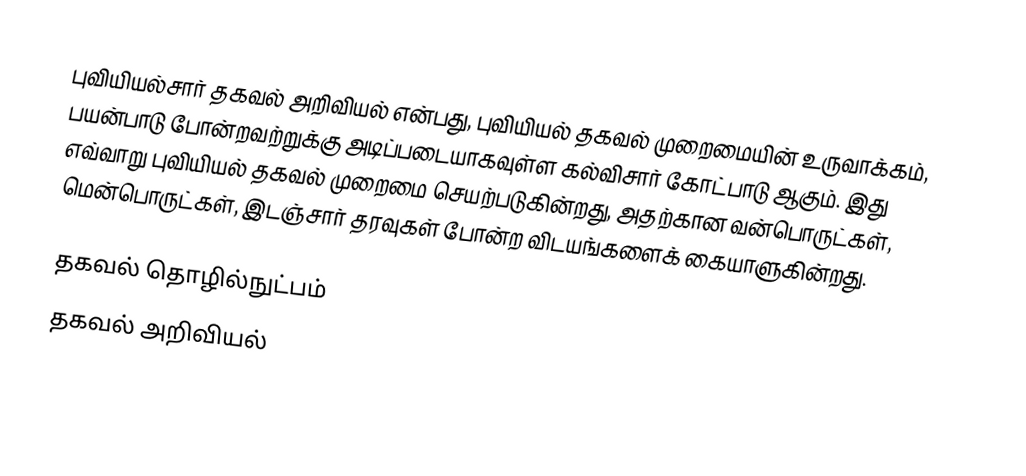
புவியியல்சார் தகவல் அறிவியல் என்பது, புவியியல் தகவல் முறைமையின் உருவாக்கம், பயன்பாடு போன்றவற்றுக்கு அடிப்படையாகவுள்ள கல்விசார் கோட்பாடு ஆகும். இது எவ்வாறு புவியியல் தகவல் முறைமை செயற்படுகின்றது, அதற்கான வன்பொருட்கள், மென்பொருட்கள், இடஞ்சார் தரவுகள் போன்ற விடயங்களைக் கையாளுகின்றது.

தகவல் தொழில்நுட்பம்
தகவல் அறிவியல்